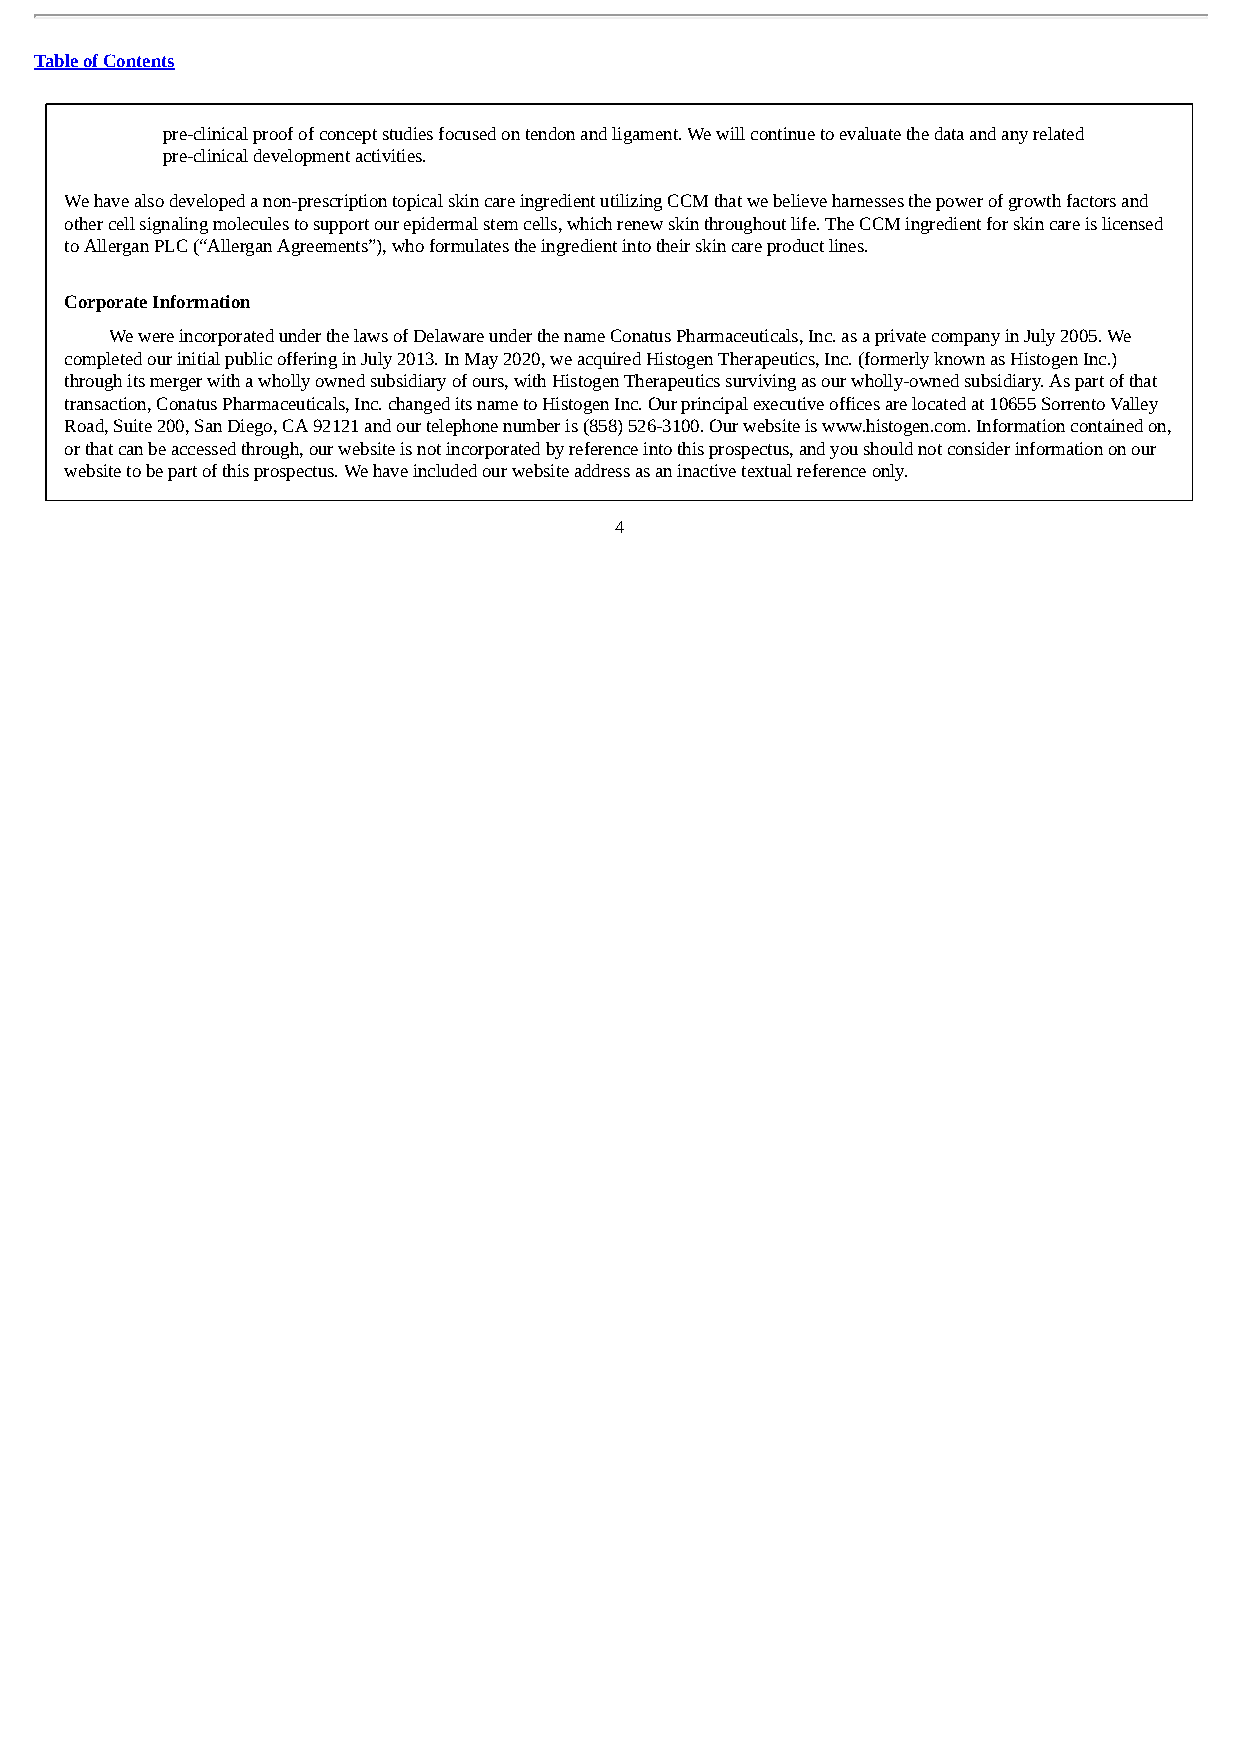
Table of Contents
 pre-clinical proof of concept studies focused on tendon and ligament. We will continue to evaluate the data and any related
 pre-clinical development activities.
 We have also developed a non-prescription topical skin care ingredient utilizing CCM that we believe harnesses the power of growth factors and
 other cell signaling molecules to support our epidermal stem cells, which renew skin throughout life. The CCM ingredient for skin care is licensed
 to Allergan PLC (“Allergan Agreements”), who formulates the ingredient into their skin care product lines.
 Corporate Information
 We were incorporated under the laws of Delaware under the name Conatus Pharmaceuticals, Inc. as a private company in July 2005. We
 completed our initial public offering in July 2013. In May 2020, we acquired Histogen Therapeutics, Inc. (formerly known as Histogen Inc.)
 through its merger with a wholly owned subsidiary of ours, with Histogen Therapeutics surviving as our wholly-owned subsidiary. As part of that
 transaction, Conatus Pharmaceuticals, Inc. changed its name to Histogen Inc. Our principal executive offices are located at 10655 Sorrento Valley
 Road, Suite 200, San Diego, CA 92121 and our telephone number is (858) 526-3100. Our website is www.histogen.com. Information contained on,
 or that can be accessed through, our website is not incorporated by reference into this prospectus, and you should not consider information on our
 website to be part of this prospectus. We have included our website address as an inactive textual reference only.
 4